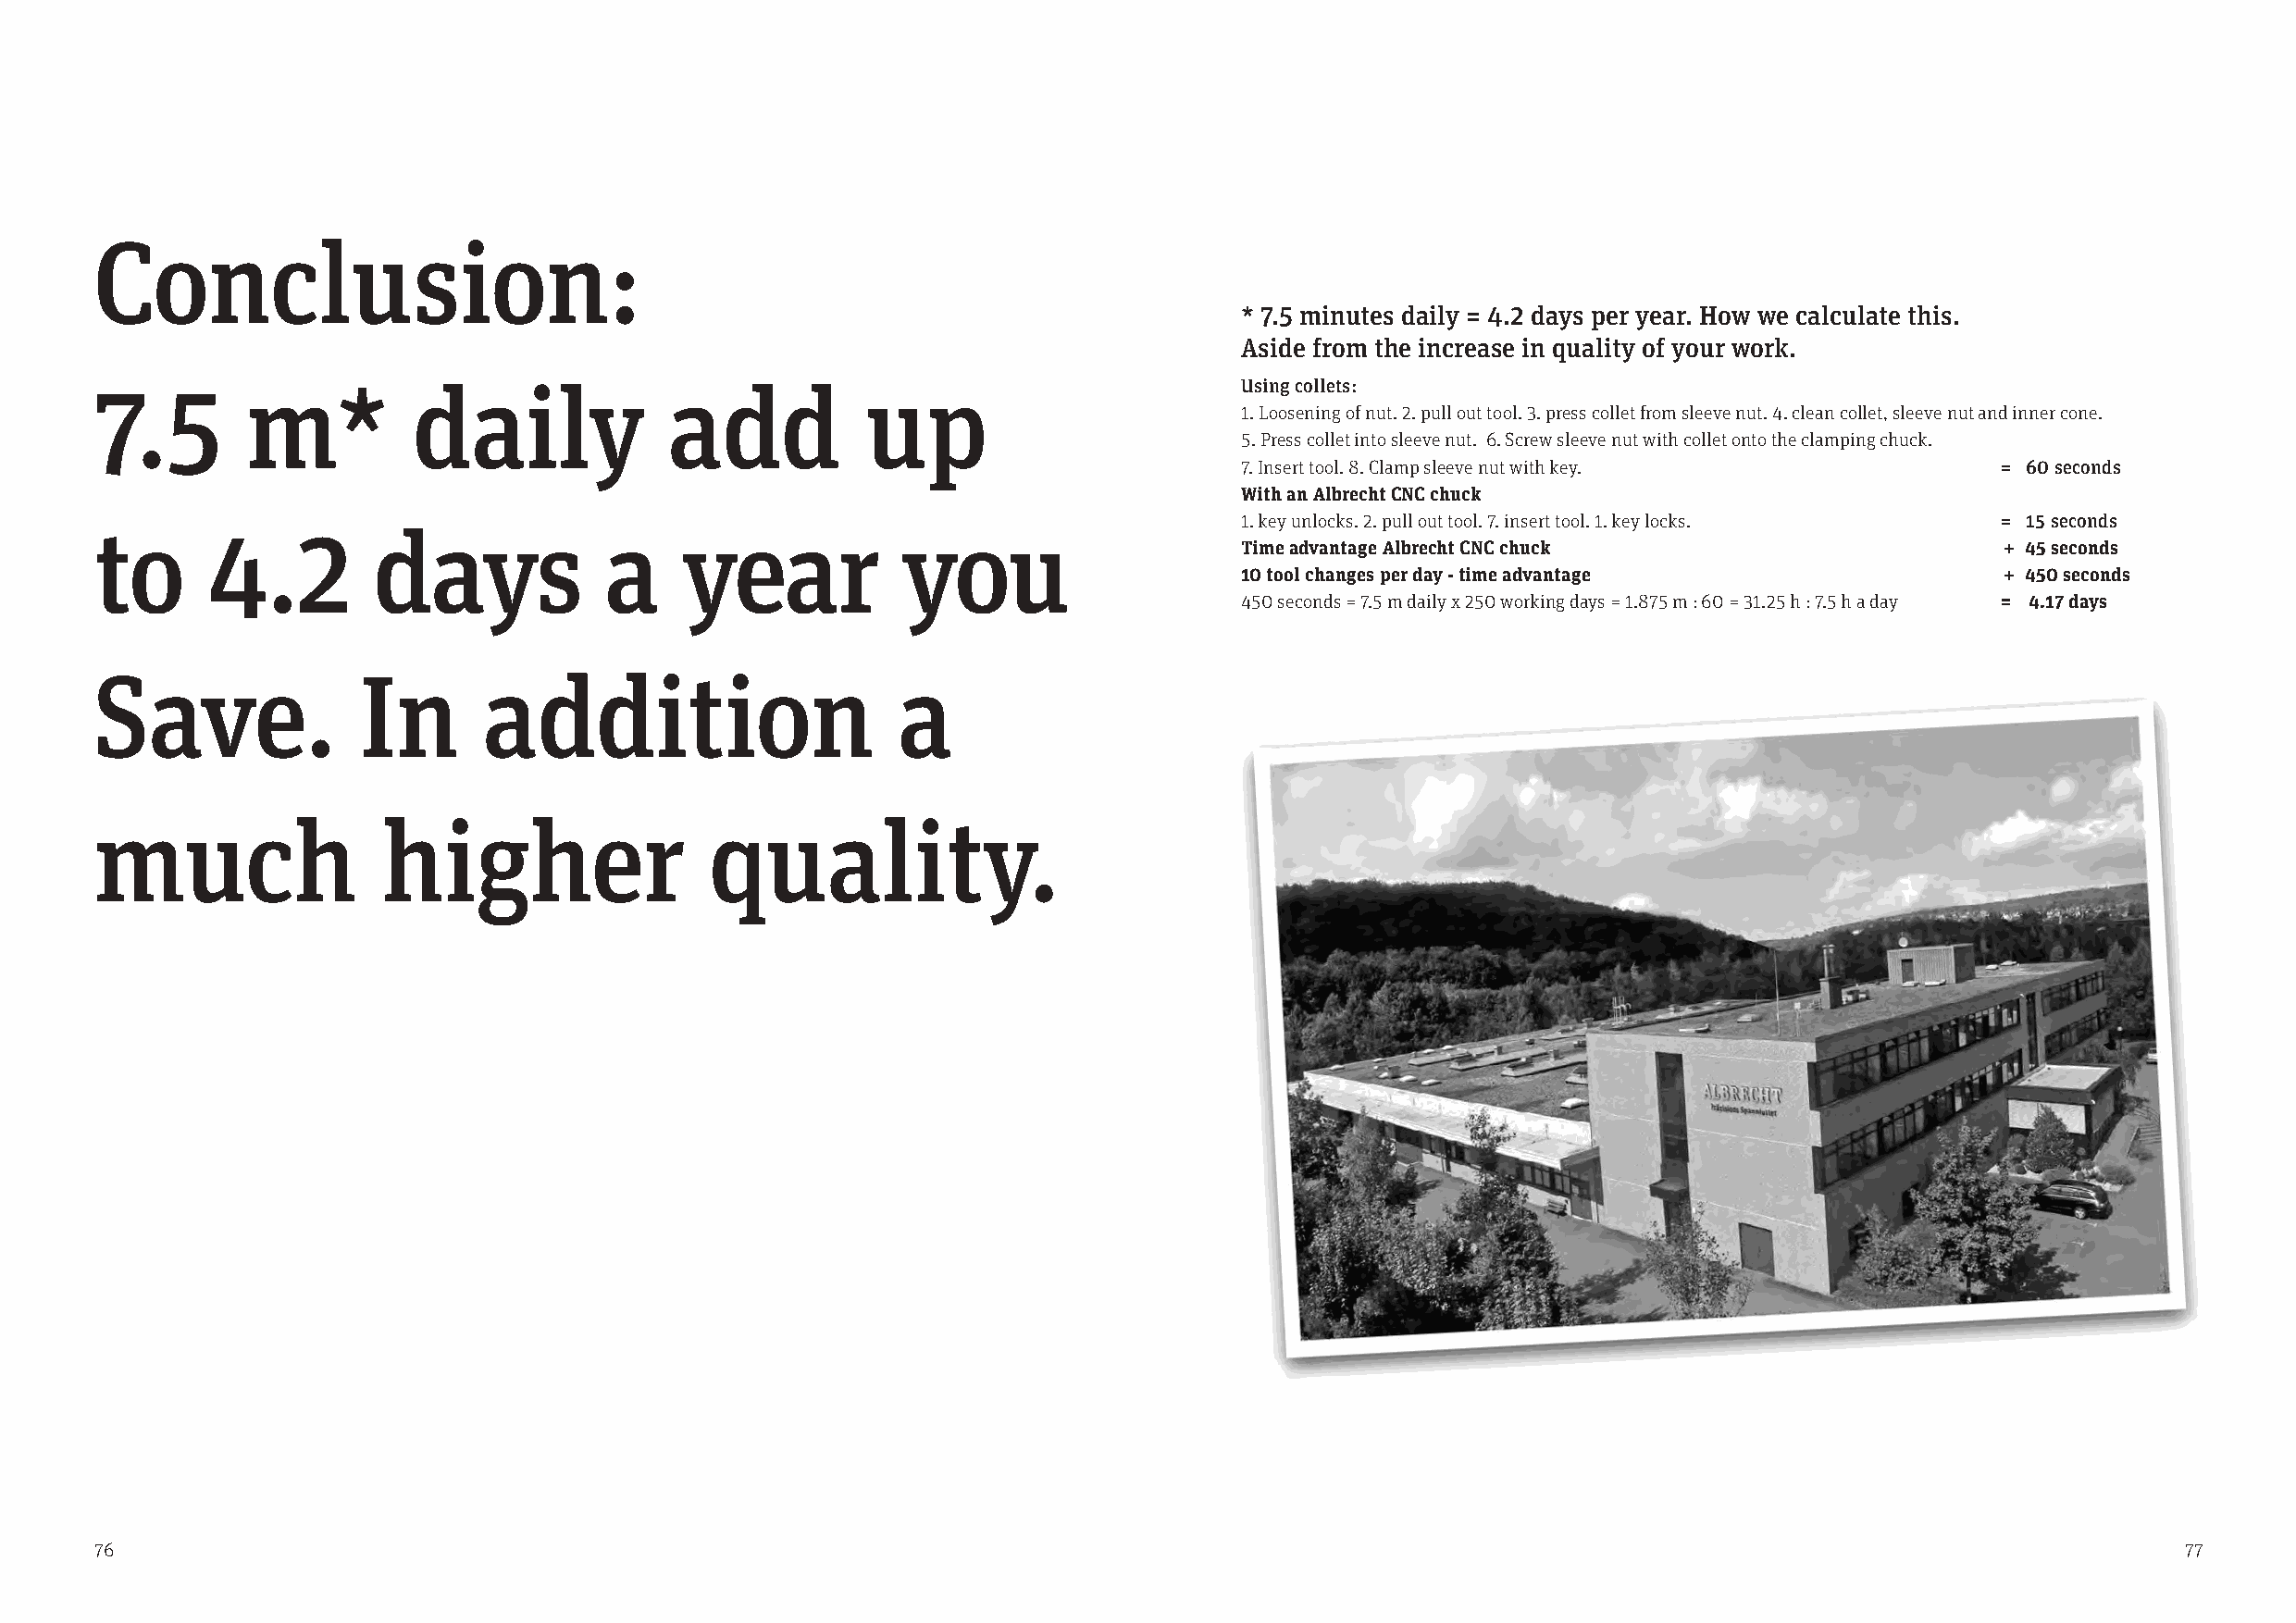
Conclusion:
 * 7.5 minutes daily = 4.2 days per year. How we calculate this.
 Aside from the increase in quality of your work.
 7.5        m*         daily              add           up                         Using collets:
 1. Loosening of nut. 2. pull out tool. 3. press collet from sleeve nut. 4. clean collet, sleeve nut and inner cone.
 5. Press collet into sleeve nut. 6. Screw sleeve nut with collet onto the clamping chuck.
 7. Insert tool. 8. Clamp sleeve nut with key.         = 60 seconds
 With an Albrecht CNC chuck
 1. key unlocks. 2. pull out tool. 7. insert tool. 1. key locks. = 15 seconds
 to      4.2         days            a     year           you
 Time advantage Albrecht CNC chuck                     + 45 seconds
 10 tool changes per day - time advantage              + 450 seconds
 450 seconds = 7.5 m daily x 250 working days = 1.875 m : 60 = 31.25 h : 7.5 h a day = 4.17 days
 Save.              In       addition                     a
 much                higher                  quality.
 76                                                                                                                                                   77